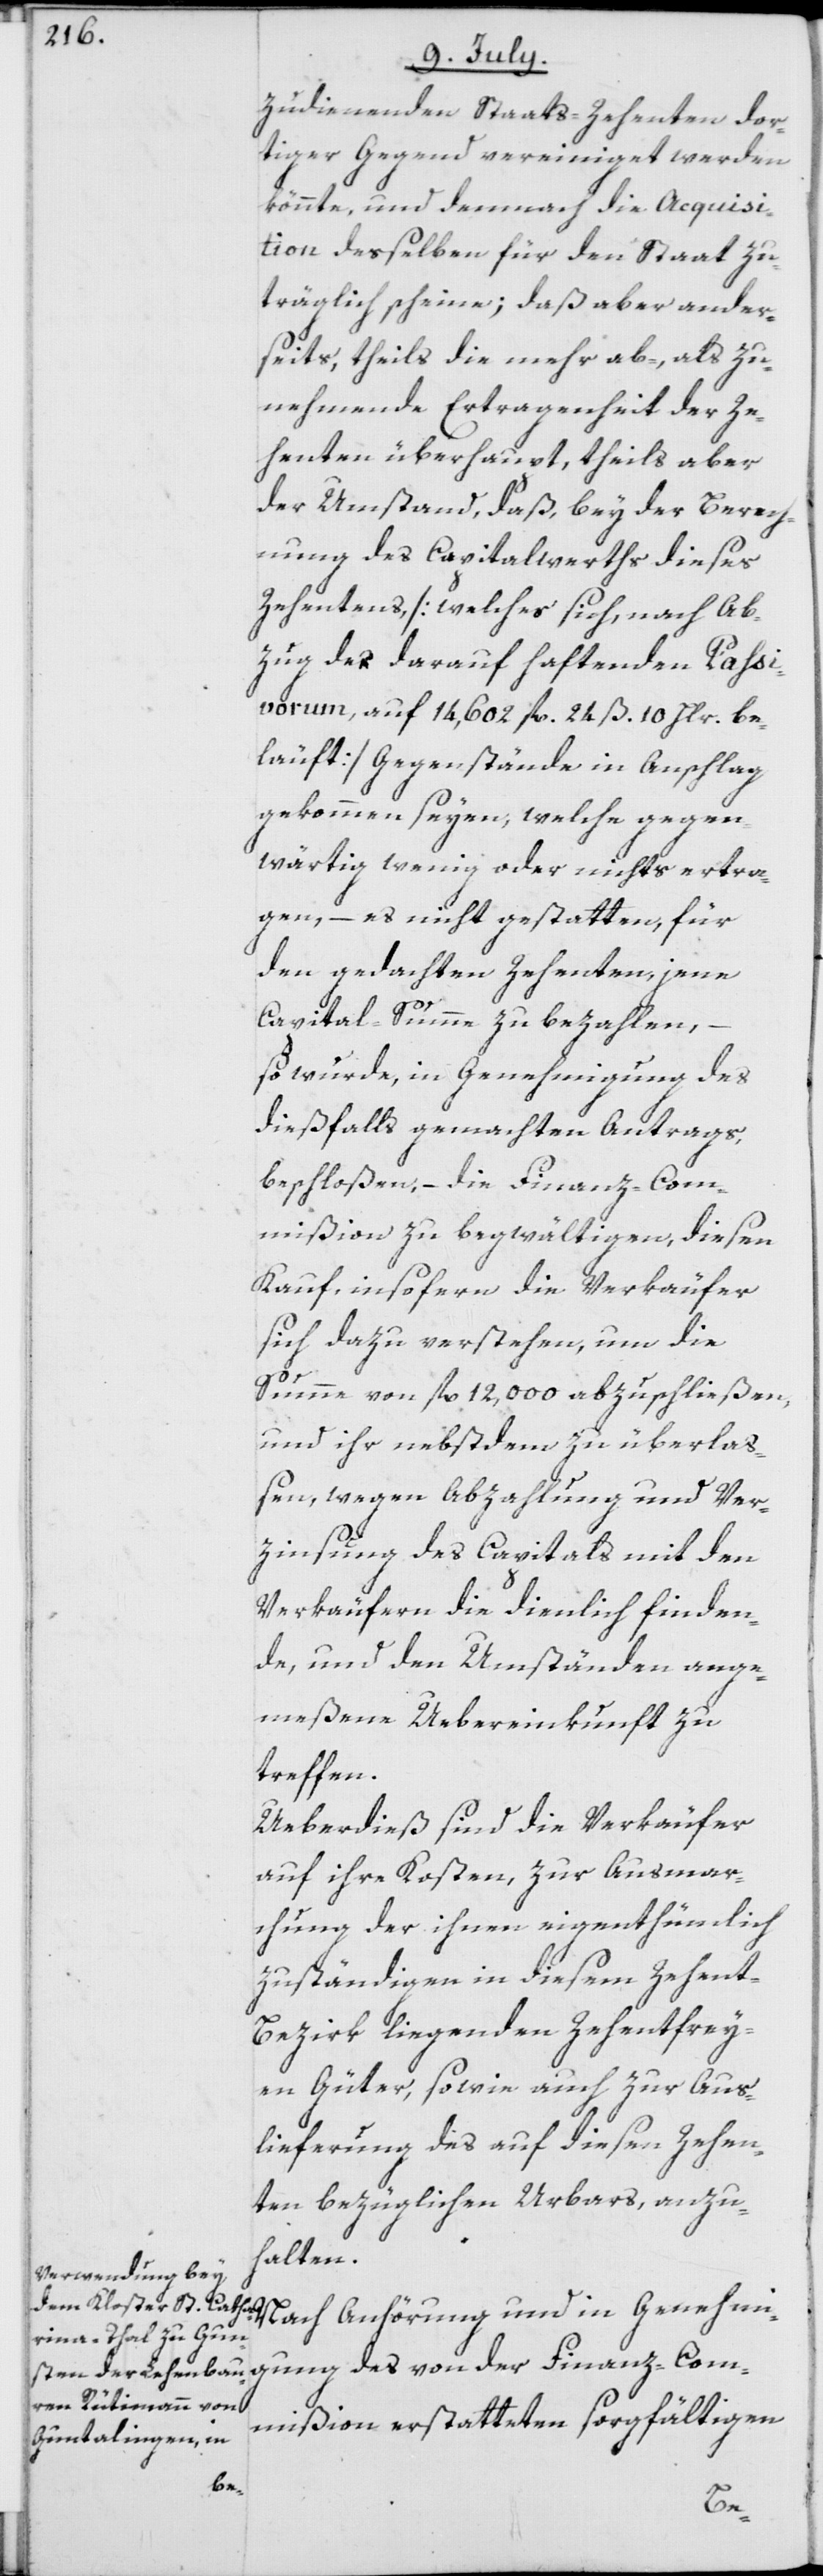
zudienenden Staats-Zehenten dor¬
tiger Gegend vereiniget werden
könnte, und demnach die Acquisi¬
tion desselben für den Staat zu¬
träglich scheine; daß aber ander¬
seits, theils die mehr ab-, als zu¬
nehmende Ertragenheit der Ze¬
henten überhaupt, theils aber
der Umstand, daß, bey der Berech¬
nung des Capitalwerths dieses
Zehentens, [welcher sich, nach Ab¬
zug des darauf haftenden Passi¬
vorum, auf 14,602 fl. 24 ß. 10 hlr. be¬
läuft] Gegenstände in Anschlag
gekommen seyen, welche gegen¬
wärtig wenig oder nichts ertra¬
gen, – es nicht gestatten, für
den gedachten Zehenten, jene
Capital-Summe zu bezahlen,
so wurde, in Genehmigung des
dießfalls gemachten Antrags,
beschloßen, – die Finanz-Com¬
mißion zu begwältigen, diesen
Kauf, insofern die Verkäufer
sich dazu verstehen, um die
Summe von fl. 12,000 abzuschließen,
und ihr nebstdem zu überlaß¬
en, wegen Abzahlung und Ver¬
zinsung des Capitals mit den
Verkäufern die dienlich finden¬
de, und den Umständen ange¬
meßene Uebereinkunft zu
treffen.
Ueberdieß sind die Verkäufer
auf ihre Kosten, zur Ausmar¬
chung der ihnen eigenthümlich
zuständigen in diesem Zehent-B¬
ezirk liegenden Zehentfrey¬
en Güter, sowie auch zur Aus¬
lieferung des auf diesen Zehen¬
ten bezüglichen Urbars, anzu¬
halten.
Nach Anhörung und in Genehmi¬
gung des von der Finanz-Com¬
mißion erstatteten sorgfältigen